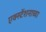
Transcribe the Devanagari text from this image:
एक्स्टेंशनाच्या